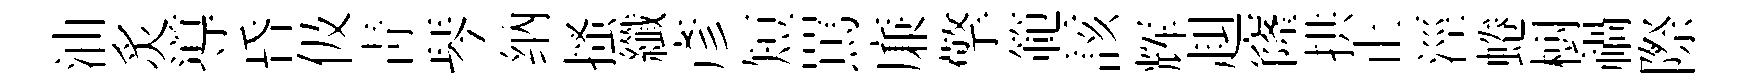
油炙導昏伋青琴纳搔纖彥短罵廉擎範該辉赳窿拱止涇蜷𣗳禍際